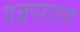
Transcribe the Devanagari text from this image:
यज्ञपरायण